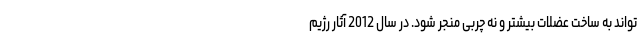
تواند به ساخت عضلات بیشتر و نه چربی منجر شود. در سال 2012 آثار رژیم